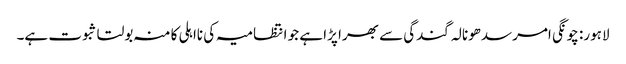
لاہور: چونگی امرسدھونالہ گندگی سے بھرا پڑا ہے جو انتظامیہ کی نااہلی کا منہ بولتا ثبوت ہے۔